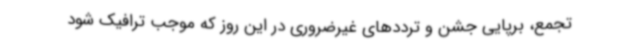
تجمع، برپایی جشن و ترددهای غیرضروری در این روز که موجب ترافیک شود